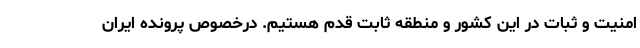
امنیت و ثبات در این کشور و منطقه ثابت قدم هستیم. درخصوص پرونده ایران